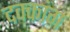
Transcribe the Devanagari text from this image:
दक्कांग